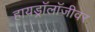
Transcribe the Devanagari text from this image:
हायड्रॉलॉजीवर